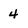
Character: 4